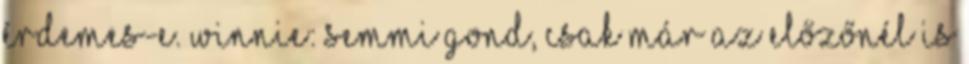
érdemes-e. winnie: semmi gond, csak már az előzőnél is